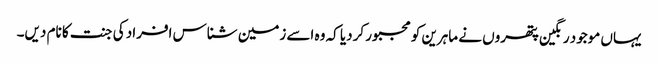
یہاں موجود رنگین پتھروں نے ماہرین کو مجبور کردیا کہ وہ اسے زمین شناس افراد کی جنت کا نام دیں۔